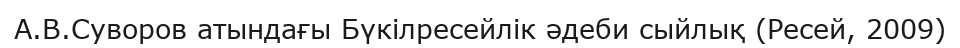
А.В.Суворов атындағы Бүкілресейлік әдеби сыйлық (Ресей, 2009)